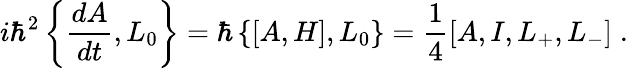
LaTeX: i\hbar^{2}\left\{ \frac{dA}{dt},L_{0}\right\} =\hbar\left\{ \left[A,H\right],L_{0}\right\} =\frac{1}{4}\left[A,I,L_{+},L_{-}\right]\; .